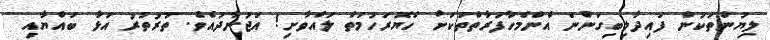
ލިޔުންތަކުން ފައިދާލިބިގަންނަ އެންމެހާފަރާތްތަކަށް ހެޔޮރަހުމަތް ލައްވާށި! އަޖުނާދުއެވެ. ތުރުތުރު އަޅާ ބައްޔާއި